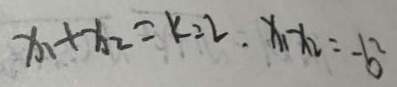
x _ { 1 } + x _ { 2 } = k = 2 , x _ { 1 } - x _ { 2 } = - b ^ { 2 }